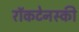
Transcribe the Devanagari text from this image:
राॅकटेनस्की